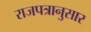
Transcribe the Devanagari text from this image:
राजपत्रानुसार